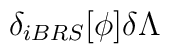
\delta _{iBRS}[\phi ]\delta \Lambda \protect